Civil Veterinary Dept. Bombay admin report 1923-31 - 1923-1931
Year: 1923
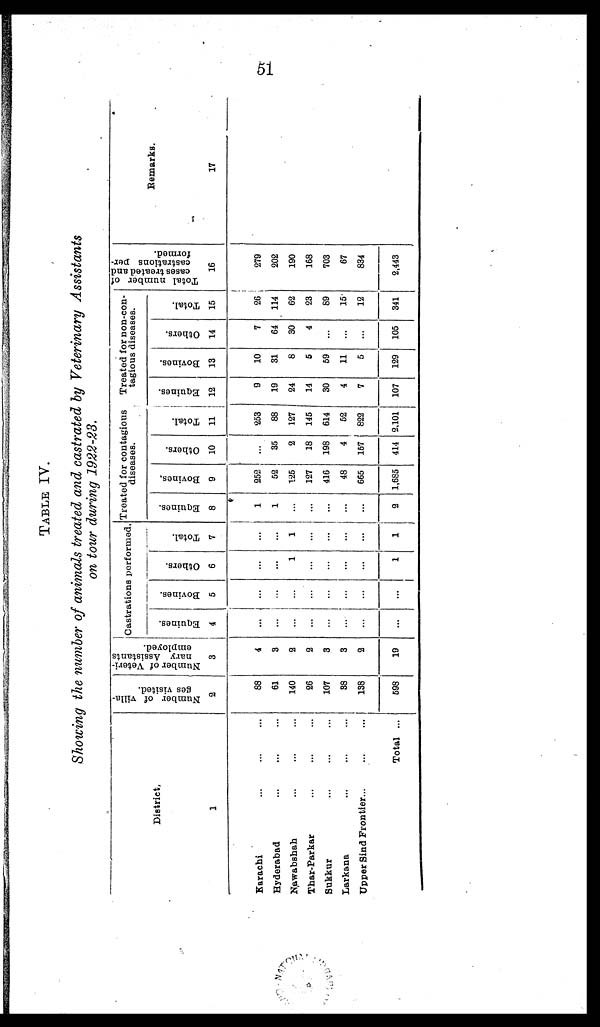
51
TABLE IV.
Showing the number of animals treated and castrated by Veterinary Assistants
on tour during 1922-28.
District.
1
Karachi... ... ...
Hyderabad ... ... ...
Nawabshah ... ... ...
Thar-Parkar ... ... ...
Sukkur ... ... ...
Larkana ... ... ...
Upper Sind Frontier ... ... ...
Total ...
Number of villa-
ges visited.
2
88
61
140
26
107
38
138
698
Number of Veteri-
nary Assistants
employed.
3
4
3
2
2
3
3
2
19
Castrations performed.
Equines.
4
...
...
...
...
...
...
...
...
Bovines.
5
...
...
...
...
...
...
...
...
Others.
6
...
...
1
...
...
...
...
1
Total.
7
...
...
1
...
...
...
...
1
Treated for contagious
diseases.
Equines.
8
1
1
...
...
...
...
...
2
Bovines.
9
252
52
125
127
416
48
665
1,685
Others.
10
...
35
2
18
198
4
157
414
Total.
11
253
88
127
145
614
52
822
2,101
Treated for non-con-
tagious diseases.
Equines.
12
9
19
24
14
30
4
7
107
Bovines.
13
10
31
8
5
59
11
5
129
Others.
14
7
64
30
4
...
...
...
105
Total.
15
26
114
62
23
89
15
12
341
Total number o1
cases treated and
castrations per-
formed.
16
279
202
190
168
703
67
834
2,443
Remarks.
17